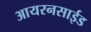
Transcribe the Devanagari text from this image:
आयरनसाईड